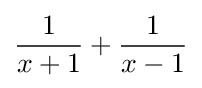
{\frac {1}{x+1}}+{\frac {1}{x-1}}